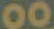
00